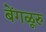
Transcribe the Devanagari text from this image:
बेंगळूरु